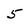
Character: 5